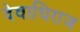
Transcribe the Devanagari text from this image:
देवाधिराज